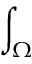
\int _ { \Omega }